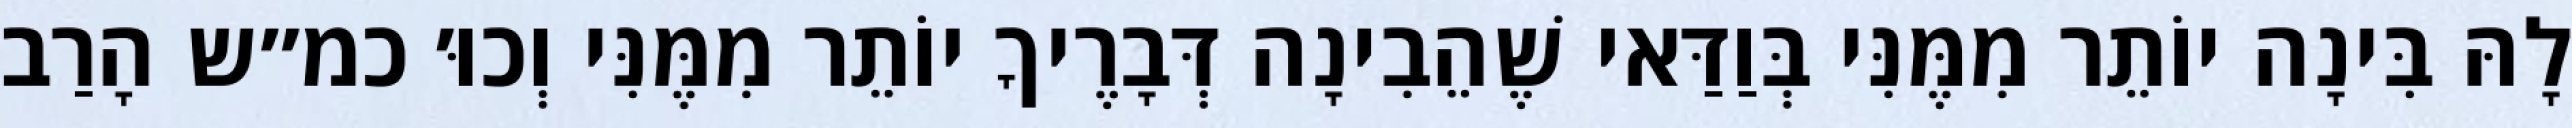
לָהּ בִּינָה יוֹתֵר מִמֶּנִּי בְּוַדַּאי שֶׁהֵבִינָה דְּבָרֶיךָ יוֹתֵר מִמֶּנִּי וְכוּ׳ כמ״ש הָרַב